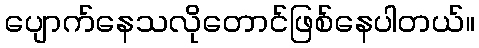
ပျောက်နေသလိုတောင်ဖြစ်နေပါတယ်။